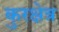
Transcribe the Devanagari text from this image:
कुरक्षेत्र